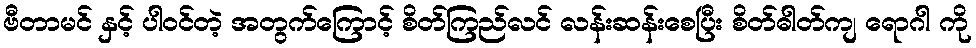
ဗီတာမင် နှင့် ပါဝင်တဲ့ အတွက်ကြောင့် စိတ်ကြည်လင် လန်းဆန်းစေပြီး စိတ်ဓါတ်ကျ ရောဂါ ကို